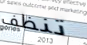
تنظف